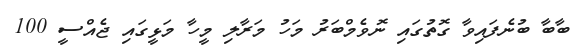
ބާބާ ބުނެފައިވާ ގޮތުގައި ނޮވެމްބަރު މަހު މަރާލި މީހާ މަޅީގައި ޖެއްސީ 100